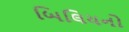
બિલિયનો